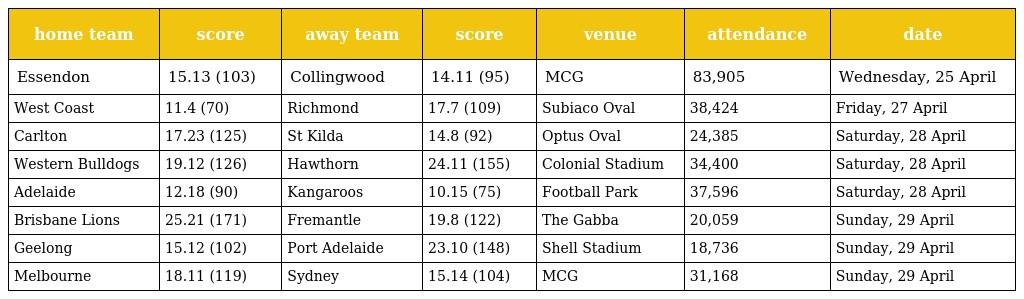
| home team | score | away team | score | venue | attendance | date |
 | --- | --- | --- | --- | --- | --- | --- |
 | Essendon | 15.13 (103) | Collingwood | 14.11 (95) | MCG | 83,905 | Wednesday, 25 April |
 | West Coast | 11.4 (70) | Richmond | 17.7 (109) | Subiaco Oval | 38,424 | Friday, 27 April |
 | Carlton | 17.23 (125) | St Kilda | 14.8 (92) | Optus Oval | 24,385 | Saturday, 28 April |
 | Western Bulldogs | 19.12 (126) | Hawthorn | 24.11 (155) | Colonial Stadium | 34,400 | Saturday, 28 April |
 | Adelaide | 12.18 (90) | Kangaroos | 10.15 (75) | Football Park | 37,596 | Saturday, 28 April |
 | Brisbane Lions | 25.21 (171) | Fremantle | 19.8 (122) | The Gabba | 20,059 | Sunday, 29 April |
 | Geelong | 15.12 (102) | Port Adelaide | 23.10 (148) | Shell Stadium | 18,736 | Sunday, 29 April |
 | Melbourne | 18.11 (119) | Sydney | 15.14 (104) | MCG | 31,168 | Sunday, 29 April |